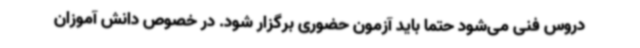
دروس فنی می‌شود حتما باید آزمون حضوری برگزار شود. در خصوص دانش آموزان